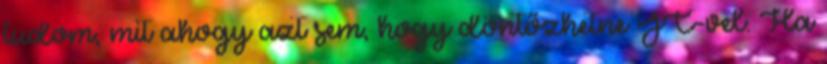
tudom, mit ahogy azt sem, hogy döntőzhetne JC-vel. Ha